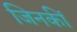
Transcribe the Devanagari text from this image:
जिनकीं